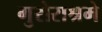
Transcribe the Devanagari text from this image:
गुरोराश्रमे